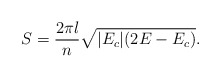
\begin{align*}S =\frac{2\pi l}{n}\sqrt{|E_c|(2E-E_c)}.\end{align*}